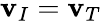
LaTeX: \mathbf{v}_{I}=\mathbf{v}_{T}